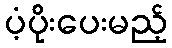
ပံ့ပိုးပေးမည့်